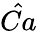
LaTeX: \hat{Ca}